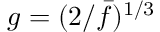
g = ( 2 / \bar { f } ) ^ { 1 / 3 }